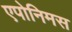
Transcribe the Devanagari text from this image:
एपोनिमस